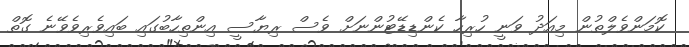
ކޮމަންވެލްތުން މިއަދު ވަނީ ހުރިހާ ކެންޑިޑޭޓުންނަށް ވެސް ރިޔާސީ އިންތިހާބުގައި ބައިވެރިވެވޭނެ ގޮތް